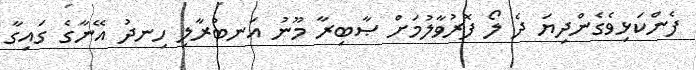
ފެންކަޅިވެގެންދިޔަ ދެ ލޯ ފޮރުވާލުމަށް ޞާބިރާ މޫނު އަނބުރާލި ހިނދު އޭނާގެ ގައިގާ